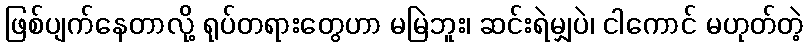
ဖြစ်ပျက်နေတာလို့ ရုပ်တရားတွေဟာ မမြဲဘူး၊ ဆင်းရဲမျှပဲ၊ ငါကောင် မဟုတ်တဲ့